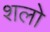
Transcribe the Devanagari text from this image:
शलो